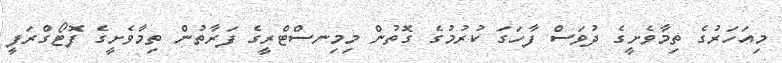
މިއަހަރުގެ ތިމާވެށީގެ ދުވަސް ފާހަގަ ކުރުމުގެ ގޮތުން މިމިނސްޓްރީގެ ފަރާތުން ތިމާވެށީގެ ފޮޓޯގްރަފީ